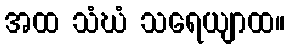
အထ သံဃံ သရေယျာထ။